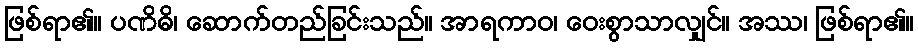
ဖြစ်ရာ၏။ ပဏိဓိ၊ ဆောက်တည်ခြင်းသည်။ အာရကာဝ၊ ဝေးစွာသာလျှင်။ အဿ၊ ဖြစ်ရာ၏။